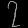
Digit: ၇